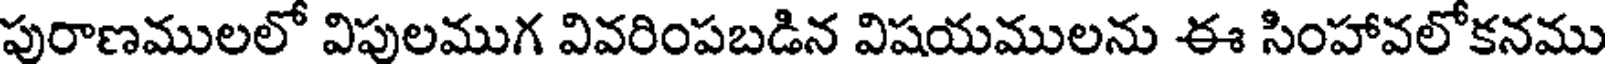
పురాణములలో విపులముగ వివరింపబడిన విషయములను ఈ సింహావలోకనము